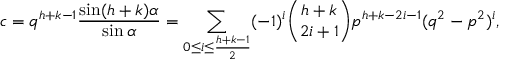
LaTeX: c = q ^ { h + k - 1 } { \frac { \sin ( h + k ) \alpha } { \sin \alpha } } = \sum _ { 0 \leq i \leq { \frac { h + k - 1 } { 2 } } } ( - 1 ) ^ { i } { \binom { h + k } { 2 i + 1 } } p ^ { h + k - 2 i - 1 } ( q ^ { 2 } - p ^ { 2 } ) ^ { i } ,